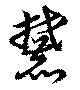
麓